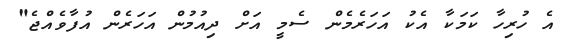
އެ ހުރިހާ ކަމަކާ އެކު އަހަރެމެން ސެމީ އަށް ދިއުމުން އަހަރެން އުފާވެއްޖެ"